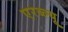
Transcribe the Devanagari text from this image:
एरब्ल्यू